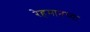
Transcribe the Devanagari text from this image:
रेहमानच्या